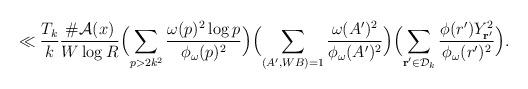
LaTeX: \begin{align*}&\ll \frac{T_k}{k} \frac{\#\mathcal{A}(x)}{W\log{R}}\Bigl(\sum_{p>2k^2}\frac{\omega(p)^2\log{p}}{\phi_{\omega}(p)^2}\Bigr)\Bigl(\sum_{(A',WB)=1}\frac{\omega(A')^2}{\phi_{\omega}(A')^2}\Bigr)\Bigl(\sum_{\substack{\mathbf{r}'\in\mathcal{D}_k}}\frac{\phi(r')Y_{\mathbf{r}'}^2}{\phi_\omega(r')^2}\Bigr).\end{align*}